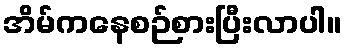
အိမ်ကနေစဉ်စားပြီးလာပါ။